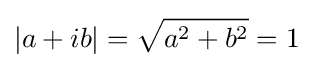
|a+ib|={\sqrt {a^{2}+b^{2}}}=1